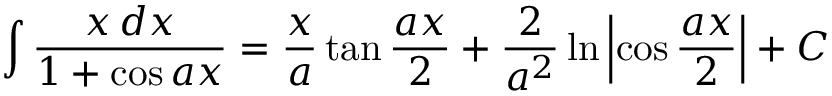
\int { \frac { x \, d x } { 1 + \cos a x } } = { \frac { x } { a } } \tan { \frac { a x } { 2 } } + { \frac { 2 } { a ^ { 2 } } } \ln \left| \cos { \frac { a x } { 2 } } \right| + C